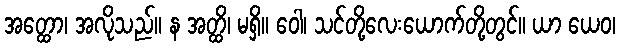
အတ္ထော၊ အလိုသည်။ န အတ္ထိ၊ မရှိ။ ဝေါ၊ သင်တို့လေးယောက်တို့တွင်။ ယာ ယေဝ၊